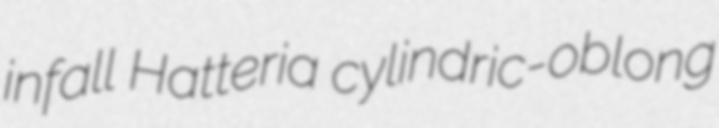
infall Hatteria cylindric-oblong